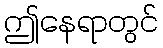
ဤနေရာတွင်